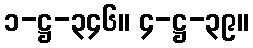
၁-ဋ္ဌ-၃၄၆။ ၄-ဋ္ဌ-၃၉။